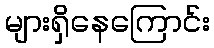
များရှိနေကြောင်း